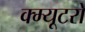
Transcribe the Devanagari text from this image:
क्म्यूटरों